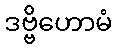
ဒဗ္ဗိဟောမံ